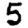
Digit: 5